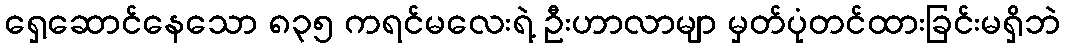
ရှေ့ဆောင်နေသော ၈၃၅ ကရင်မလေးရဲ့ ဦးဟာလာမျာ မှတ်ပုံတင်ထားခြင်းမရှိဘဲ